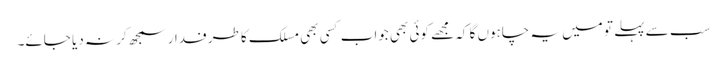
سب سے پہلے تو میں یہ چاہوں گا کہ مجھے کوئی بھی جواب کسی بھی مسلک کا طرفدار سمجھ کر نہ دیا جائے۔